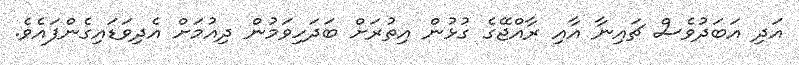
އަދި އަބަދުވެސް ޗައިނާ އާއި ރާއްޖޭގެ ގުޅުން އިތުރަށް ބަދަހިވަމުން ދިއުމަށް އެދިވަޑައިގެންފައެވެ.